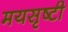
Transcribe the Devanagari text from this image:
मयसृष्टी